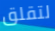
لتقلق